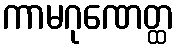
ကာမဂုဏေတ္ထ